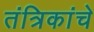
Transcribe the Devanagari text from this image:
तंत्रिकांचे